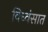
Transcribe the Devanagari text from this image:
विध्वंसात